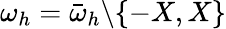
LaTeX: \omega_{h}=\bar{\omega}_{h}\backslash\{ -X,X\}